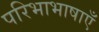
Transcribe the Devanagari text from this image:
परिभाभाषाएँ